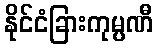
နိုင်ငံခြားကုမ္ပဏီ